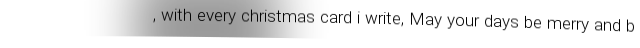
, with every christmas card i write, May your days be merry and b